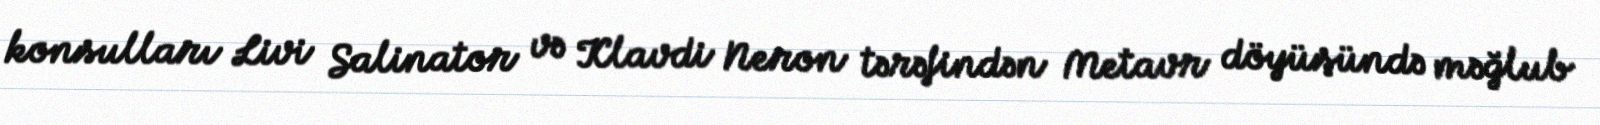
konsulları Livi Salinator və Klavdi Neron tərəfindən Metavr döyüşündə məğlub